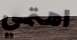
اهتمي